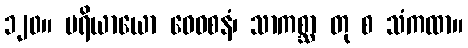
၁၂၀။ ပရိယာယော ဝေဝစနံ၊ သာကစ္ဆာ တု စ သံကထာ။